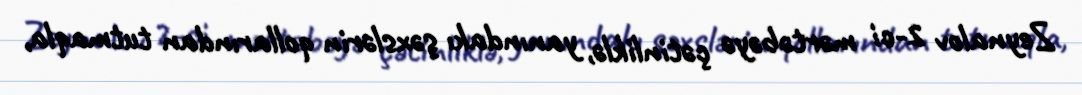
Zeynalov 2-ci mərtəbəyə çətinliklə, yanındakı şəxslərin qollarından tutmaqla,